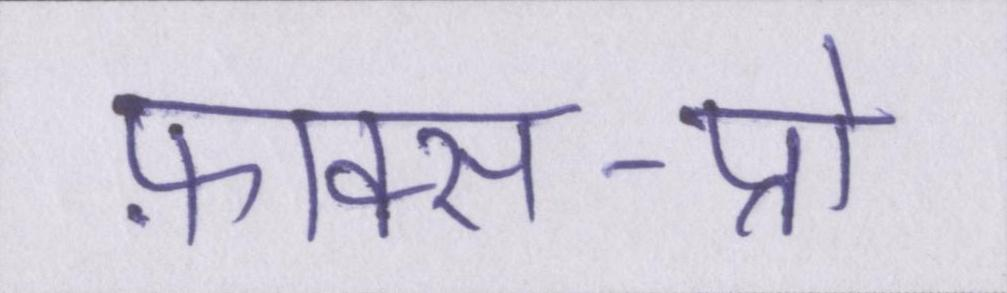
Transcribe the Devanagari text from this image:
फ़ाक्स-प्रो